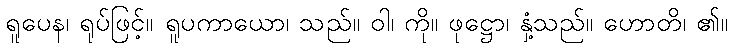
ရူပေန၊ ရုပ်ဖြင့်။ ရူပကာယော၊ သည်။ ဝါ၊ ကို။ ဖုဋ္ဌော၊ နှံ့သည်။ ဟောတိ၊ ၏။